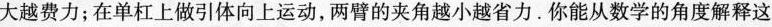
大越费力；在单杠上做引体向上运动，两臂的夹角越小越省力。你能从数学的角度解释